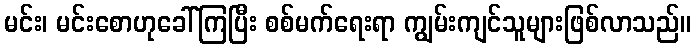
မင်း၊ မင်းစောဟုခေါ်ကြပြီး စစ်မက်ရေးရာ ကျွမ်းကျင်သူများဖြစ်လာသည်။